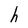
Character: h